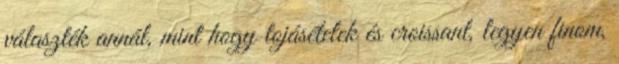
választék annál, mint hogy tojásételek és croissant, legyen finom,